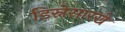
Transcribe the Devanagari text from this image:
डिस्नेसारखे